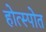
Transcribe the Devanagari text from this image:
होत्स्पोत